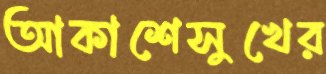
আকাশেসুখের